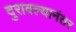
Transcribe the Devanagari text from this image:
दुरावल्यानंतर